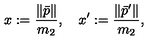
x : = \frac { \| \bar { p } \| } { m _ { 2 } } , \quad x ^ { \prime } : = \frac { \| \bar { p } ^ { \prime } \| } { m _ { 2 } } , \quad